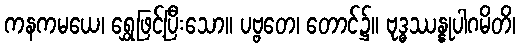
ကနကမယေ၊ ရွှေဖြင့်ပြီးသော။ ပဗ္ဗတေ၊ တောင်၌။ ဗုဒ္ဓဿန္နုပါဂမိတိ၊